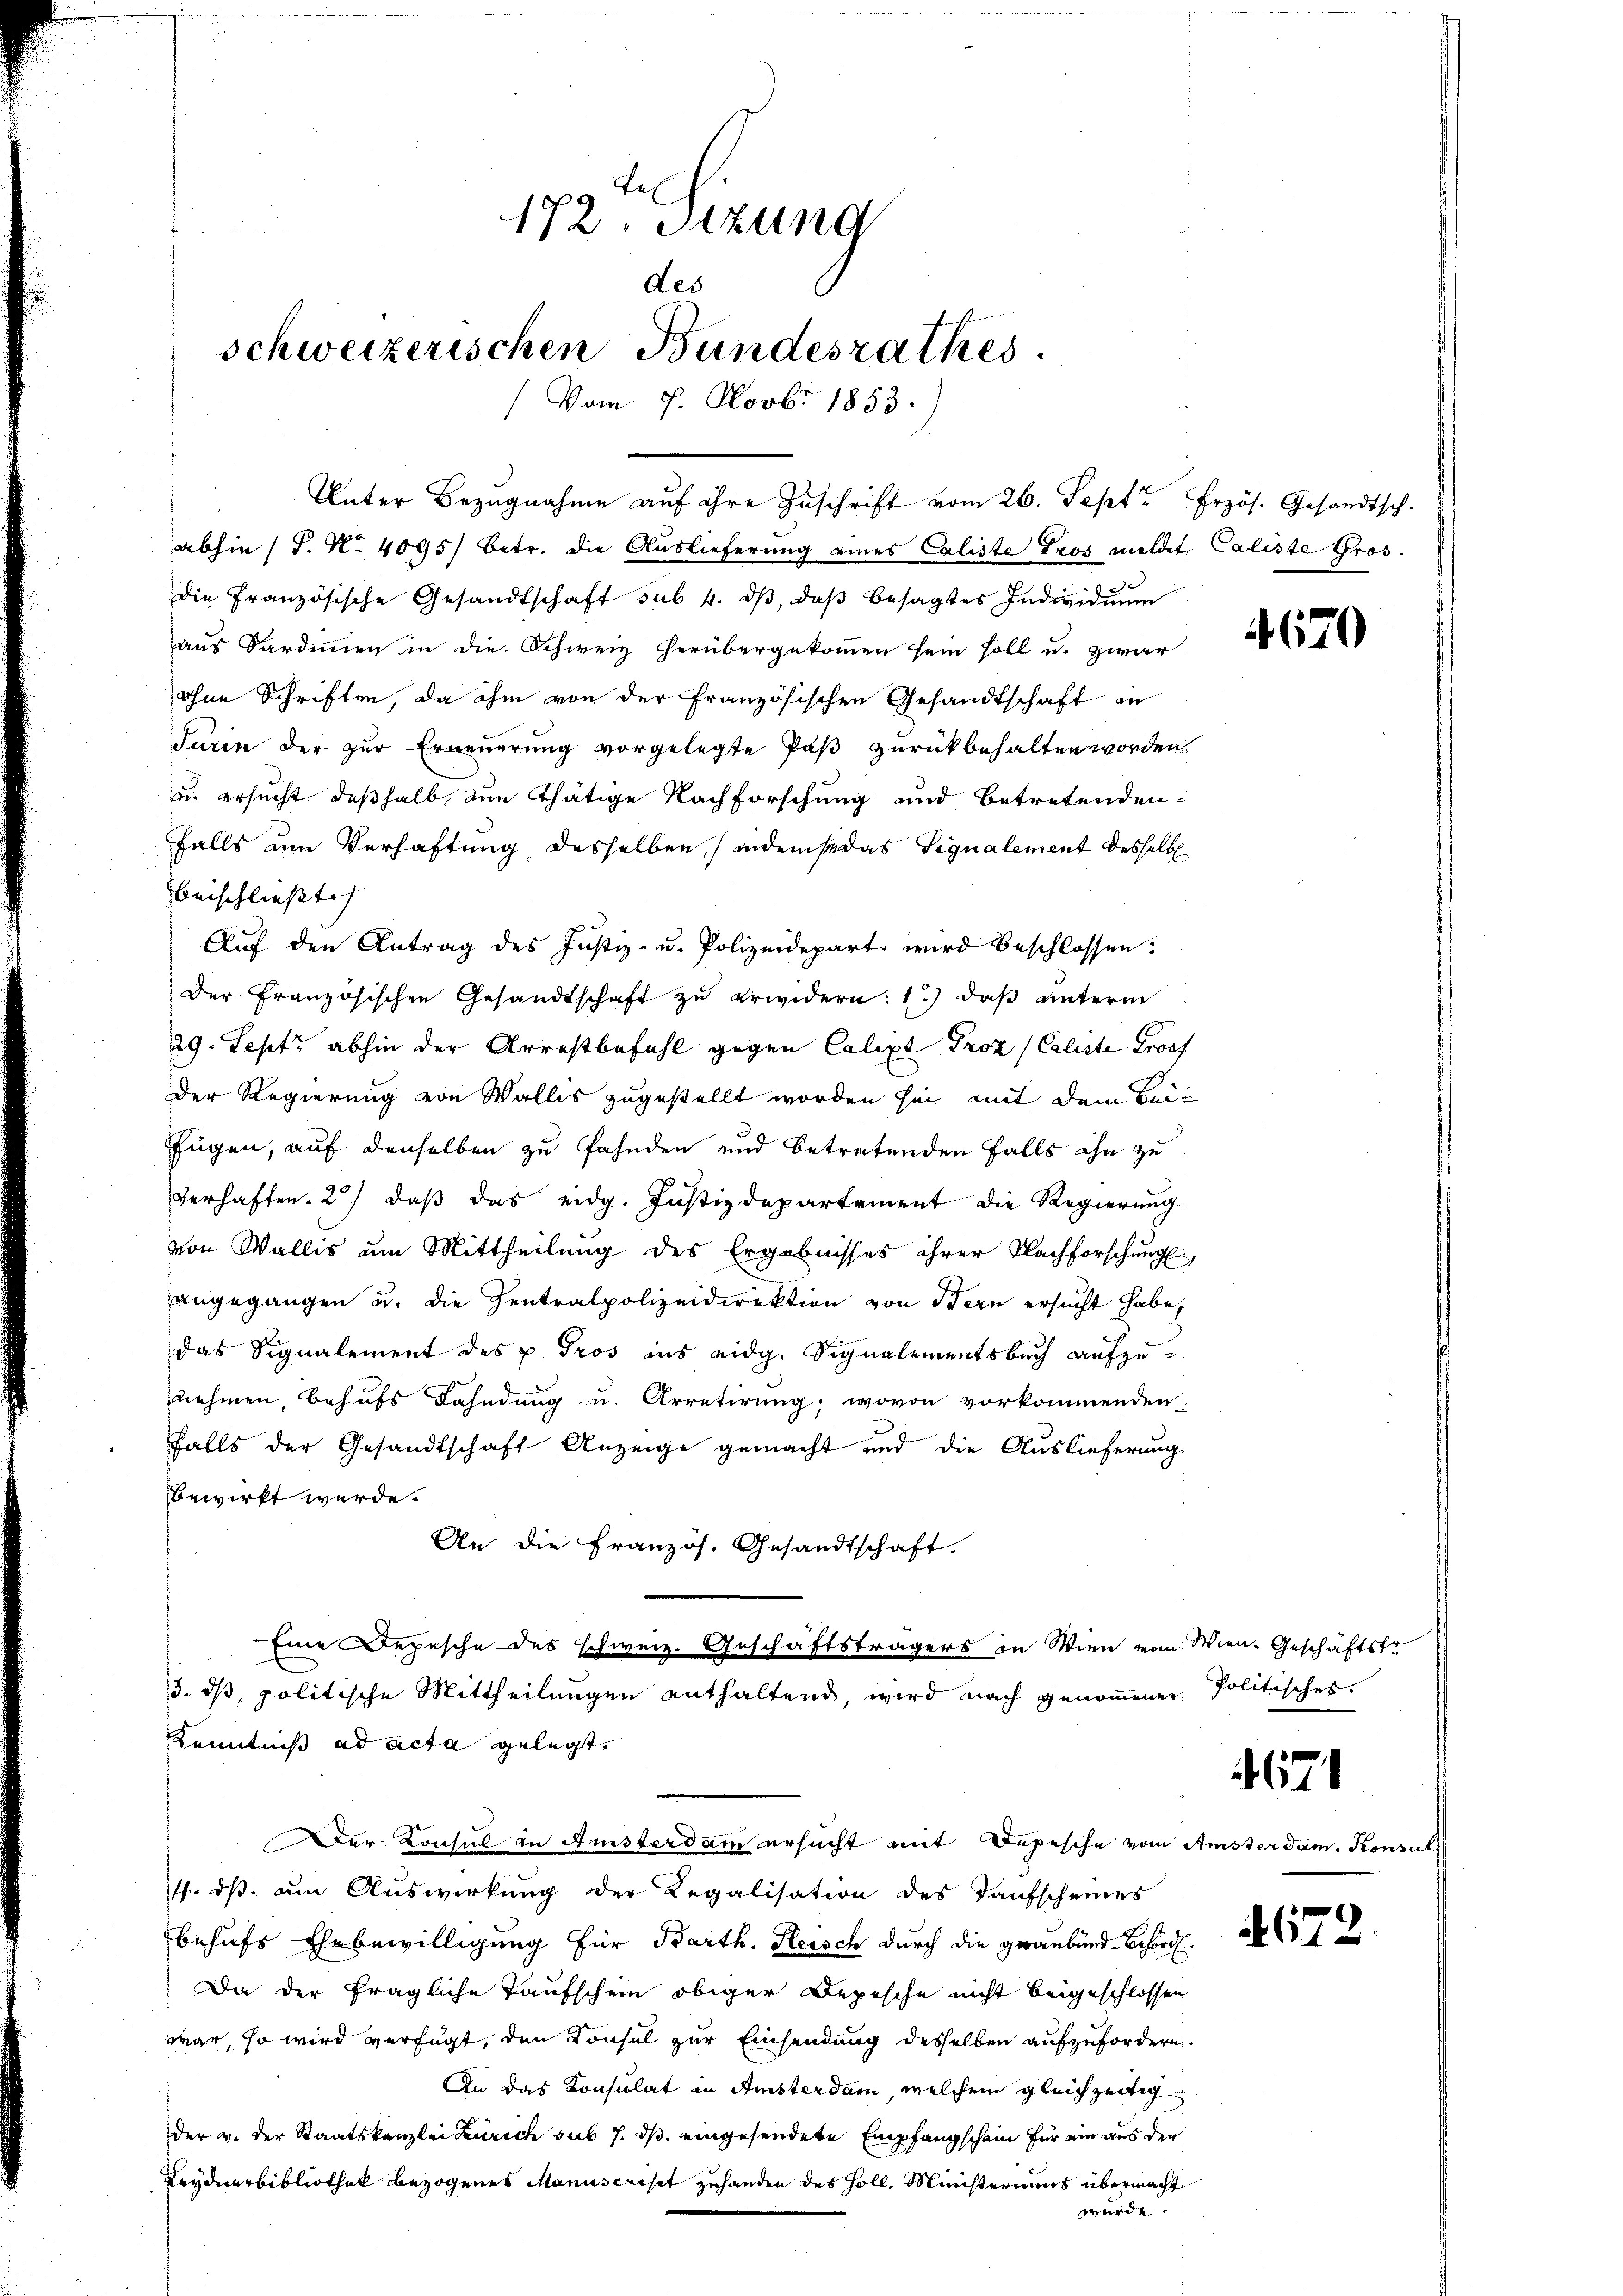
tes
172. Sitzung
des
schweizerischen Bundesrathes
Vom 7. Novbr 1853.

abhin 1 S. Nr. 4095/ betr. die Auslieferung eines Caliste Tros meldet Caliste Gros
die Französische Gesandtschaft sub. 4. dβ, daβ besagtes Individŭŭm
aus Sardinien in die Schweiz herübergekommen sein soll u. zwar
ohne Schriften, da ihm von der französischen Gesandtschaft an
Turin der zur Erneuerung vorgelegte Paß zurückbehalten worden
u. ersucht deßhalb nun thätige Nachforschung und betretenden-
falls um Verhaftung desselben (indemsedas Signalement desselb
beischließt
Aŭf den Antrag des Justiz- u. Polizeidepart wird beschlossen:
Der Französischen Gesandtschaft zu erwidern: 1.) daß unterm
29. Sept. abhin der Arrestbefahl gegen Calipt Proz (Caliste Prof
Der Regierung von Wallis zugestellt worden sei, mit dem Beifügen, auf denselben zu fahnden und betretenden Falls ihn zu
verhaften. 2) daß das eidg. Justizdepartement die Regierung
von Wallis um Mittheilung des Ergebnisses ihrer Nachforschung,
angegangen u. die Zentralpolizeidirektion von Bern ersucht habe,
das Signalement des u. Tros ins eidg. Signalementsbuch aufzu-
nehmen, behufs Fahndung u. Arretirung, wovon vorkommenden
falls der Gesandtschaft Anzeige gemacht und die Auslieferung
bewirkt werde.
An die Französ. Gesandtschaft.
Eine Depesche des schweiz. Geschäftsträgers in Wien vom Wien. Geschäftste
3. ds, politische Mittheilungen enthaltend, wird nach genommener Politisches
Kenntniß ad acta gelegt.
Der Konsul in Amsterdam ersucht mit Depesche vom Amsterdam. Konsul
. dß am Auswirkung der Regalisation des Taufscheines
behufs Ehebewilligung für Barth. Reisch durch die Graubünd-Behörde.
Da der fragliche Taufschein obiger Depesche nicht beigeschlossen
war, so wird verfügt, den Konsel zur Einsendung desselben aufzufordern.
An das Konsulat in Amsterdam, welchem gleichzeitig
der v. der Staatskanzlei Zürich sub 7. ds. eingesendete Empfangschein für ein aus der
Keydnerbibliothek bezogenes Manuscrist zuhanden des Holl. Ministeriums übermacht
würde.

Unter Bezugnahme auf ihre Zuschrift vom 26. Sept. Erzös. Gesandtsch.

4670

671

672.